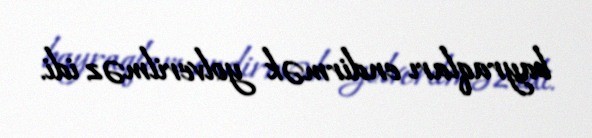
bayraqları endirmək yolverilməz idi.